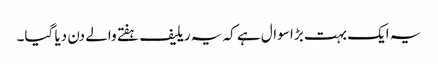
یہ ایک بہت بڑا سوال ہے کہ یہ ریلیف ہفتے والے دن دیا گیا۔